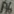
Text: A6